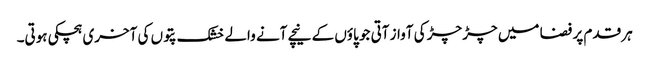
ہر قدم پر فضا میں چڑ چڑ کی آواز آتی جو پاؤں کے نیچے آنے والے خشک پتوں کی آخری ہچکی ہوتی۔